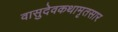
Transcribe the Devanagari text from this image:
वासुदेवकथामृतसार